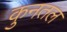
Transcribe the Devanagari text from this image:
कुनतल